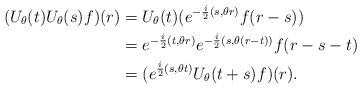
\begin{align*}(U_\theta(t)U_\theta(s)f)(r)&=U_\theta(t)(e^{-\frac i2(s,\theta r)}f(r-s))\\ & =e^{-\frac i2(t,\theta r)}e^{-\frac i2(s,\theta (r-t))}f(r-s-t)\\ &=(e^{\frac i2(s,\theta t)}U_\theta(t+s)f)(r).\end{align*}